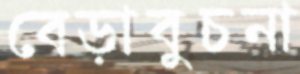
বেড়াবুচনা